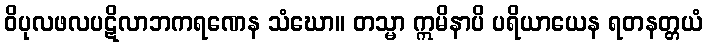
ဝိပုလဖလပဋိလာဘကရဏေန သံဃော။ တသ္မာ ဣမိနာပိ ပရိယာယေန ရတနတ္တယံ